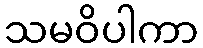
သမဝိပါကာ